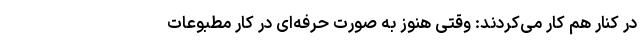
در کنار هم کار می‌کردند: وقتی هنوز به صورت حرفه‌ای در کار مطبوعات